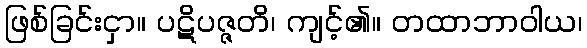
ဖြစ်ခြင်းငှာ။ ပဋိပဇ္ဇတိ၊ ကျင့်၏။ တထာဘာဝါယ၊